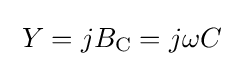
\;Y=jB_{\text{C}}=j\omega C\;